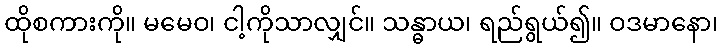
ထိုစကားကို။ မမေဝ၊ ငါ့ကိုသာလျှင်။ သန္ဓာယ၊ ရည်ရွယ်၍။ ဝဒမာနော၊